Problem: 29 - 21 = ?
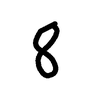
Handwritten answer: 8